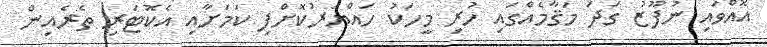
އޮއްވައި ނުފޫޒު ގަދަ މަޤާމެއްގައި ހުރި މީހަކު ހައްޔަރުކޮށްފި ކަމަށާއި އެކޮޓަރި ތެރެއިން